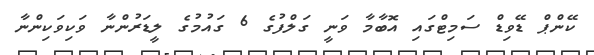
ކޭންޕް ޑޭވިޑް ސަމިޓްގައި އޮބާމާ ވަނީ ގަލްފުގެ 6 ގައުމުގެ ލީޑަރުންނާ ވަކިވަކިންނާ